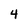
Character: 4